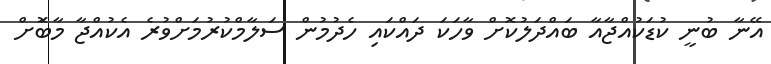
އޭނާ ބުނީ ކުޑަކުއްޖާއާ ބައްދަލުކޮށް ވާހަކަ ދައްކައި ހެދުމުން ސަލާމްކުރުމަށްވުރެ އެކުއްޖާ މާބޮަށް